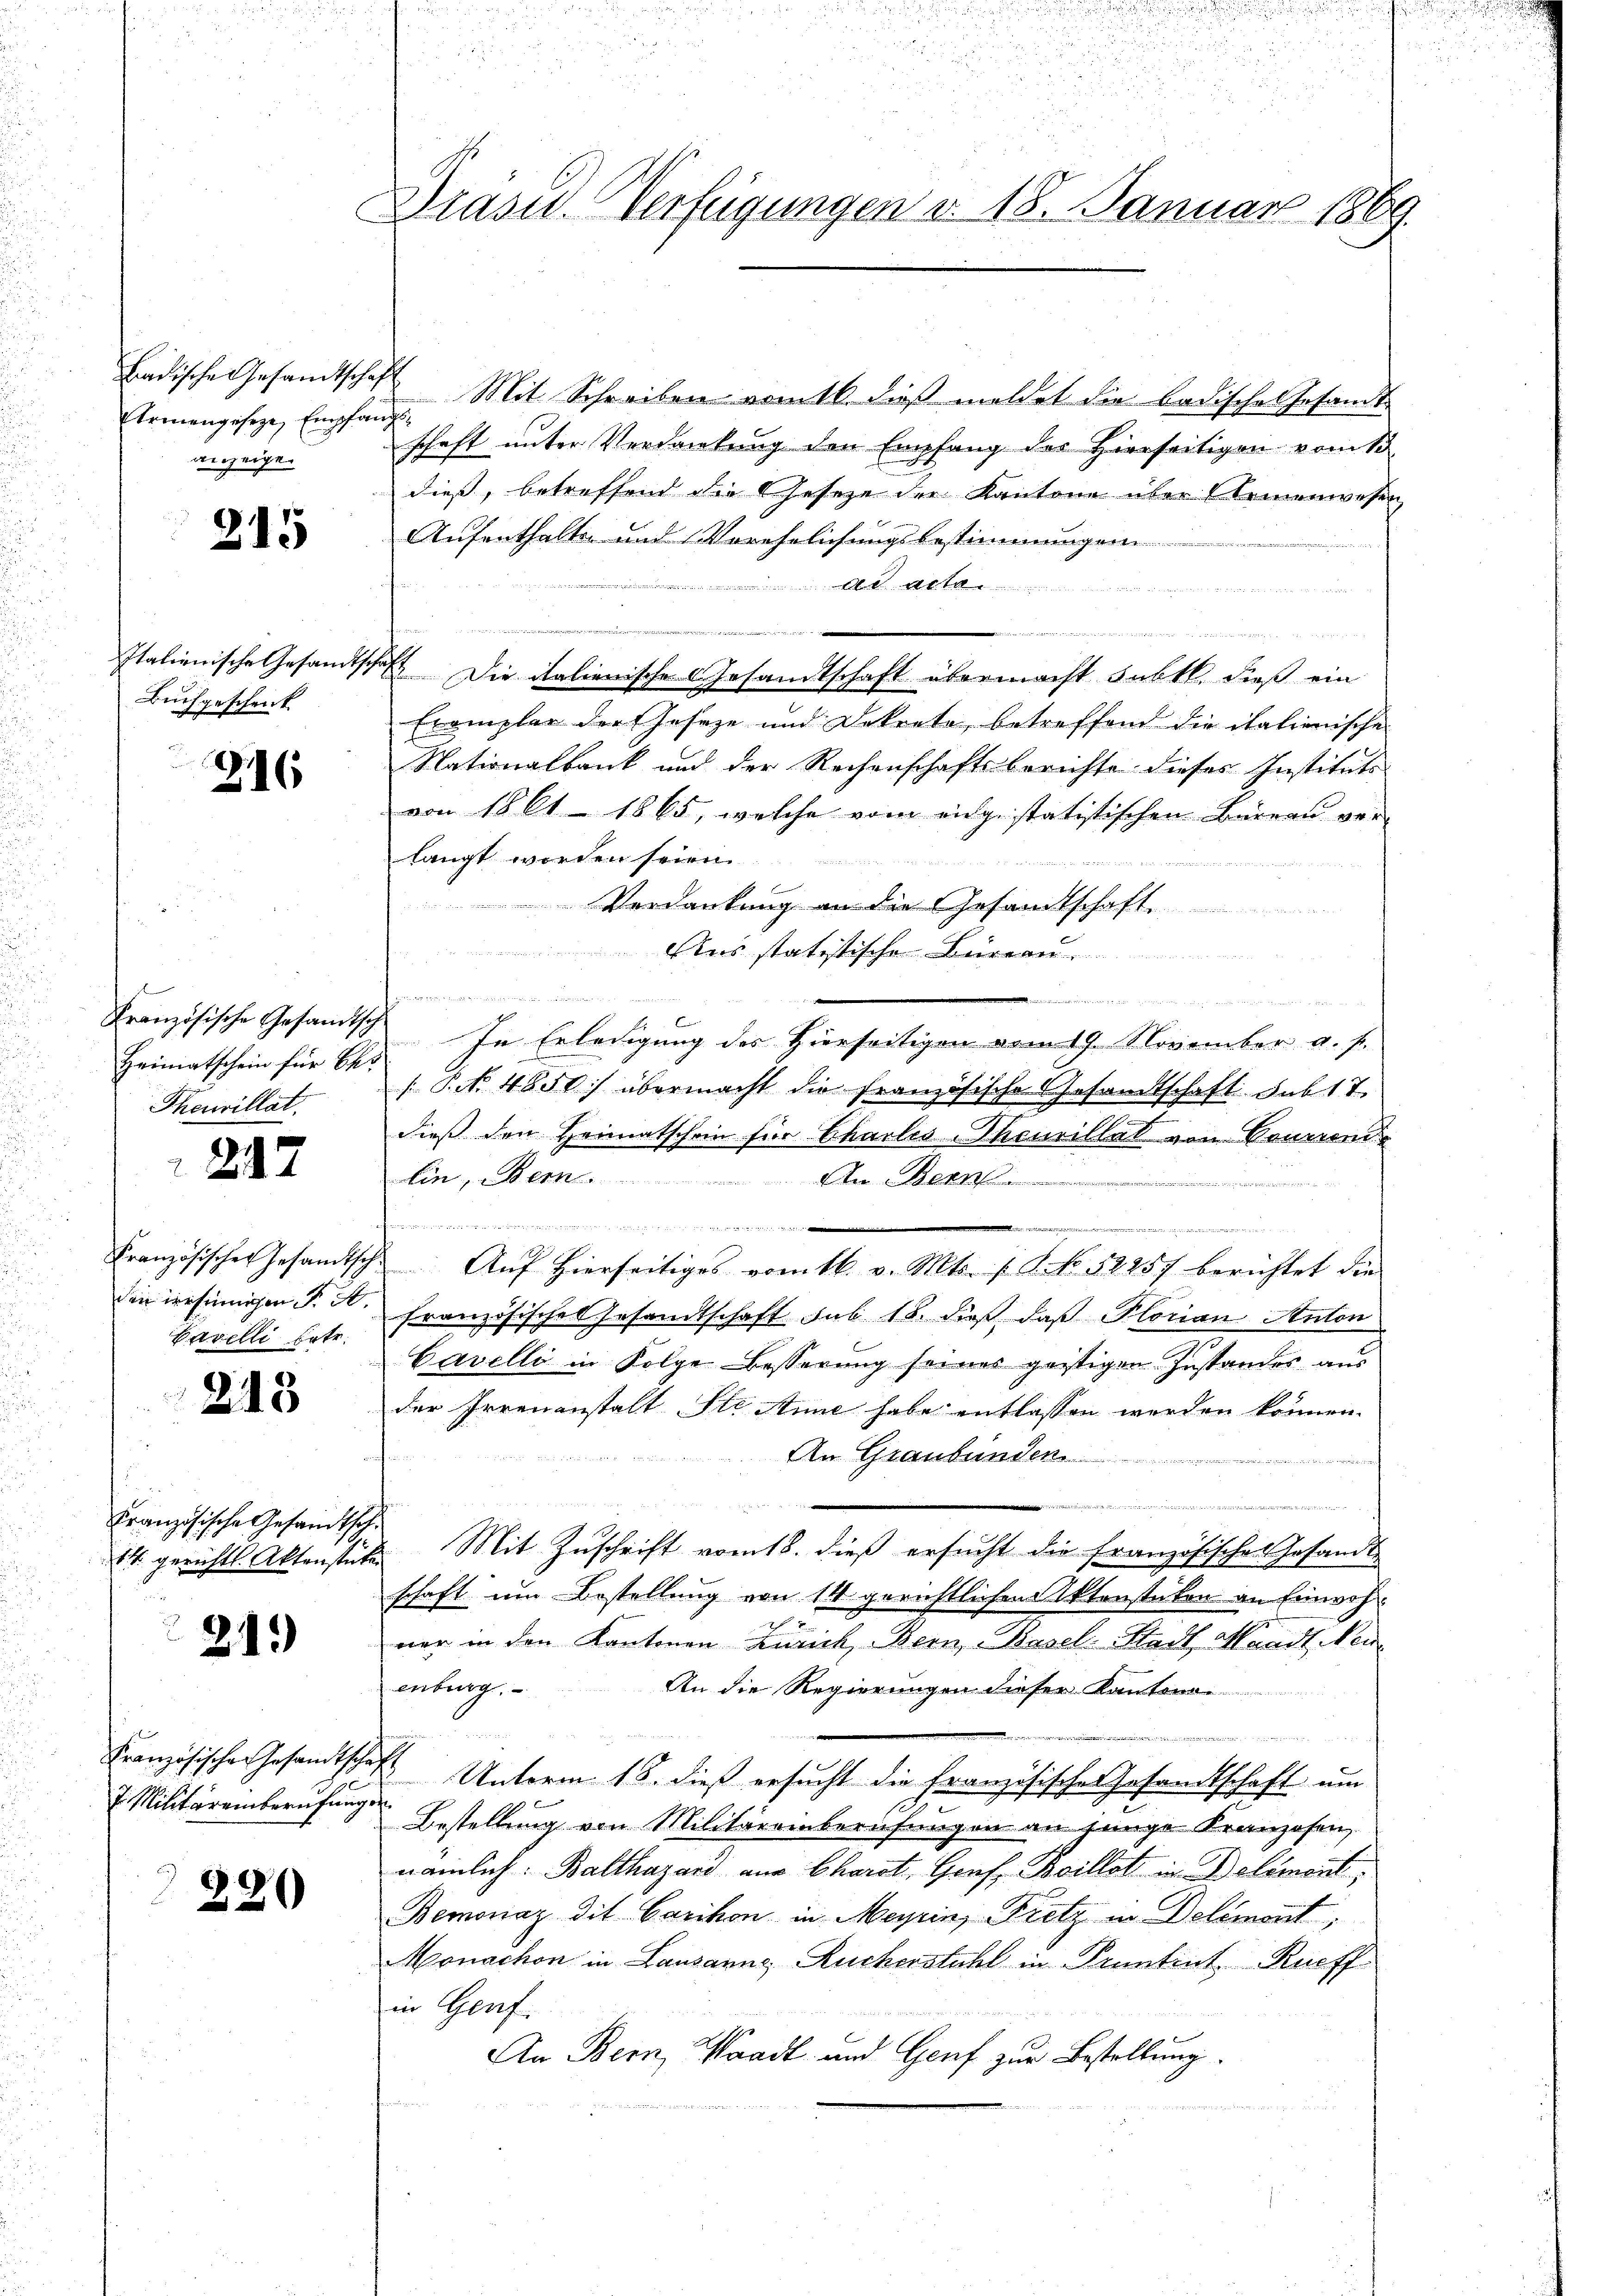
Badische Gesandtschaft
Ermangeseze, Empfangsanzeigen

215

Italienische Gesandtsc
Buchgeschenk

216

f
Französische Gesandtsch
Heimatschein für Ber
Theuvillat.

247

den irrsinnigen K. A.
Cavelli betr.

213

Französische Gesandtsch
14 gerichtl. Aktenstute

219

Französische Gesandtscha
7. Militäreinberufung.

220

Brasis. Verfügungen d. 18. Januar 1869.

Mit Schreiben womit dieß meldet die Badisches Gesandt-
schaft unter Verdankung den Empfang des Hierseitigen vom 15.
dieß, betreffend die Geseze der Kantone über Armenwesen
Aufenthalte und Verehelichungsbestimmungen
A
e
e
 elte der die
Teft. Die italienische Gesandtschaft übermacht subtl. dieß ein
Eremplar der Geseze und Dekrete, betreffend die itationische
Nationalbank und der Rechenschaftsberichte dieses Instituts
von 1861 - 1865, welche vom eigestatistischen Büreau ver-
langt worden seien.
Verdankung in die Gesandtschaft
Aus statistische Büreau
n
e

In Erledigung des Hierseitigen vom 19. November a. f.
P.No. 4850) übermacht die französische Gesandtschaft sub 17.
dieß den Heimatschein für Charlis-Thouillat von Sonnen
lin, Bern. An Bern
.
.
Französischer Gesandtsche Aŭf hierseitiges vom 16. v. Mts. f. No. 52257 berichtet die
französisches Gesandtschaft sub 18. dieß, daß Plorian Anton
Cavelli in Folge-Besserung seines geistigen Zustandes aus
der Irrenanstalt Ste Anne habe entlassen werden können.
An Graubünden
un, den so, wenig
e
u
a
u Mit Zuschrift vom 18. dieß ersucht die Französisches Gesandt-
schaft um Bestellung von 14 gerichtlichen Aktenstücken an Einwohner in den Kantonen Zürich, Bern, Basel. Stadt, Waadt, Nein
enburg.
An die Regierungen dieser Kantona

, u es ge
 Unterm 18. dieß ersucht die Französische Gesandtschaft um
oft.
Bestellung von Militäreinberufungen an junge Kranzosen,
nämlich. Balthasard aus Chardt, Genf, Boillat in Delémont
Bemonaz dit Carikon in Meyrin, Pretz in Delémont
Monachon in Lausanns, Rucherstuhl in Pruntrut Rueff
in Genf.
An Bern, Waadt und Genf zur Bestellung.
d